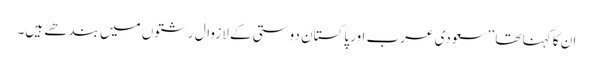
ان کا کہنا تھا ’’سعودی عرب اور پاکستان دوستی کے لازوال رشتوں میں بندھے ہیں۔